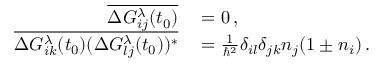
\begin{array} { r l } { \overline { { \Delta G _ { i j } ^ { \lambda } ( t _ { 0 } ) } } } & { { } = 0 \, , } \\ { \overline { { \Delta G _ { i k } ^ { \lambda } ( t _ { 0 } ) ( \Delta G _ { l j } ^ { \lambda } ( t _ { 0 } ) ) ^ { * } } } } & { { } = \frac { 1 } { \hbar ^ { 2 } } \delta _ { i l } \delta _ { j k } n _ { j } ( 1 \pm n _ { i } ) \, . } \end{array}